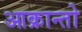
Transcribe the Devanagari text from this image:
आक्रान्तो